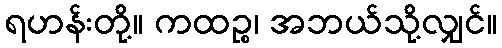
ရဟန်းတို့။ ကထဉ္စ၊ အဘယ်သို့လျှင်။